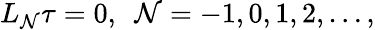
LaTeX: L_{\mathcal{N}}\tau=0,\, \, \, \mathcal{N}=-1,0,1,2,\dots,